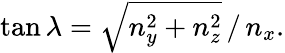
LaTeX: \tan\lambda=\sqrt{n_{y}^{2}+n_{z}^{2}}\, /\, n_{x}.